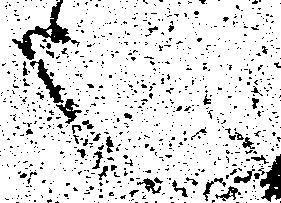
也